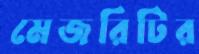
মেজরিটির